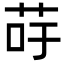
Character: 𦮣